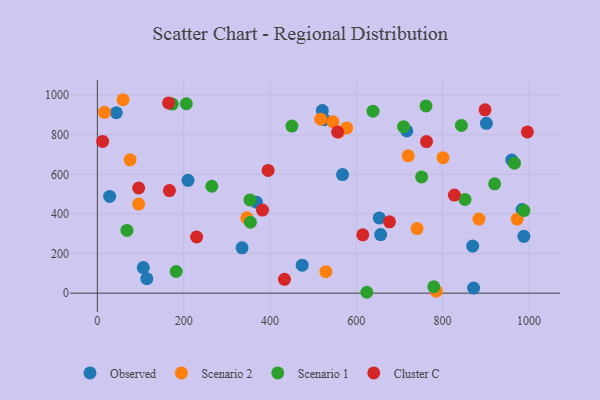
{"axis": {"x": "Experience", "y": "Fuel Efficiency"}, "legend": ["Cluster C", "Observed", "Scenario 1", "Scenario 2"], "data": [{"x": "869.7", "y": 238.0, "type": "Observed"}, {"x": "656.4", "y": 296.0, "type": "Observed"}, {"x": "526.0", "y": 876.1, "type": "Observed"}, {"x": "210.1", "y": 569.8, "type": "Observed"}, {"x": "28.5", "y": 488.5, "type": "Observed"}, {"x": "901.4", "y": 857.6, "type": "Observed"}, {"x": "521.3", "y": 921.9, "type": "Observed"}, {"x": "717.0", "y": 819.3, "type": "Observed"}, {"x": "106.4", "y": 129.4, "type": "Observed"}, {"x": "960.3", "y": 672.1, "type": "Observed"}, {"x": "474.6", "y": 141.1, "type": "Observed"}, {"x": "335.3", "y": 229.2, "type": "Observed"}, {"x": "653.1", "y": 379.9, "type": "Observed"}, {"x": "43.9", "y": 911.0, "type": "Observed"}, {"x": "984.1", "y": 422.2, "type": "Observed"}, {"x": "871.9", "y": 25.7, "type": "Observed"}, {"x": "568.1", "y": 598.9, "type": "Observed"}, {"x": "368.4", "y": 459.3, "type": "Observed"}, {"x": "114.6", "y": 73.3, "type": "Observed"}, {"x": "988.2", "y": 287.1, "type": "Observed"}, {"x": "720.2", "y": 693.3, "type": "Scenario 2"}, {"x": "16.5", "y": 913.0, "type": "Scenario 2"}, {"x": "346.4", "y": 380.3, "type": "Scenario 2"}, {"x": "800.9", "y": 684.1, "type": "Scenario 2"}, {"x": "972.9", "y": 374.0, "type": "Scenario 2"}, {"x": "785.3", "y": 10.3, "type": "Scenario 2"}, {"x": "545.8", "y": 865.7, "type": "Scenario 2"}, {"x": "517.4", "y": 878.5, "type": "Scenario 2"}, {"x": "884.2", "y": 374.3, "type": "Scenario 2"}, {"x": "95.7", "y": 450.0, "type": "Scenario 2"}, {"x": "559.4", "y": 813.6, "type": "Scenario 2"}, {"x": "59.6", "y": 976.8, "type": "Scenario 2"}, {"x": "529.5", "y": 108.3, "type": "Scenario 2"}, {"x": "577.8", "y": 834.5, "type": "Scenario 2"}, {"x": "740.8", "y": 326.3, "type": "Scenario 2"}, {"x": "75.9", "y": 673.3, "type": "Scenario 2"}, {"x": "851.8", "y": 473.3, "type": "Scenario 1"}, {"x": "450.8", "y": 843.7, "type": "Scenario 1"}, {"x": "779.5", "y": 32.4, "type": "Scenario 1"}, {"x": "638.7", "y": 919.0, "type": "Scenario 1"}, {"x": "966.5", "y": 656.3, "type": "Scenario 1"}, {"x": "182.6", "y": 109.4, "type": "Scenario 1"}, {"x": "709.5", "y": 840.8, "type": "Scenario 1"}, {"x": "353.6", "y": 470.9, "type": "Scenario 1"}, {"x": "206.1", "y": 956.5, "type": "Scenario 1"}, {"x": "68.5", "y": 317.0, "type": "Scenario 1"}, {"x": "173.7", "y": 954.6, "type": "Scenario 1"}, {"x": "988.4", "y": 416.9, "type": "Scenario 1"}, {"x": "354.6", "y": 358.2, "type": "Scenario 1"}, {"x": "843.5", "y": 847.2, "type": "Scenario 1"}, {"x": "624.5", "y": 4.5, "type": "Scenario 1"}, {"x": "920.6", "y": 551.9, "type": "Scenario 1"}, {"x": "751.3", "y": 587.0, "type": "Scenario 1"}, {"x": "761.5", "y": 945.5, "type": "Scenario 1"}, {"x": "265.2", "y": 539.8, "type": "Scenario 1"}, {"x": "898.3", "y": 925.8, "type": "Cluster C"}, {"x": "996.4", "y": 814.1, "type": "Cluster C"}, {"x": "165.0", "y": 960.5, "type": "Cluster C"}, {"x": "827.2", "y": 495.3, "type": "Cluster C"}, {"x": "12.2", "y": 766.4, "type": "Cluster C"}, {"x": "556.6", "y": 814.3, "type": "Cluster C"}, {"x": "433.6", "y": 69.8, "type": "Cluster C"}, {"x": "95.7", "y": 531.1, "type": "Cluster C"}, {"x": "615.0", "y": 294.4, "type": "Cluster C"}, {"x": "382.7", "y": 419.6, "type": "Cluster C"}, {"x": "762.7", "y": 765.4, "type": "Cluster C"}, {"x": "395.6", "y": 619.6, "type": "Cluster C"}, {"x": "230.0", "y": 283.7, "type": "Cluster C"}, {"x": "676.9", "y": 360.4, "type": "Cluster C"}, {"x": "167.0", "y": 518.0, "type": "Cluster C"}]}